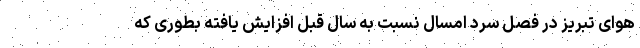
هوای تبریز در فصل سرد امسال نسبت به سال قبل افزایش یافته بطوری که